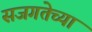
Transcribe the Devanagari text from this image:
सजगतेच्या